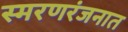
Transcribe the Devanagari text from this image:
स्मरणरंजनात